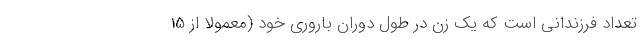
تعداد فرزندانی است که یک زن در طول دوران باروری خود (معمولاً از 15